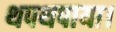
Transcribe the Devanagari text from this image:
थपथपाया।